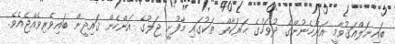
ބައިނަލްއަޤުވާމީ އަންހެނުންގެ ދުވަހުގެ ޙަރަކާތް ތަކުގައި މާފުށީ ޖަލުގެ އަންހެން ޤައިދީން ބައިވެރިވެއްޖެއެވެ.